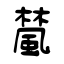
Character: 檒